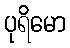
ပုရိမော